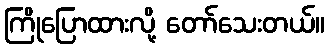
ကြိုပြောထားလို့ တော်သေးတယ်။